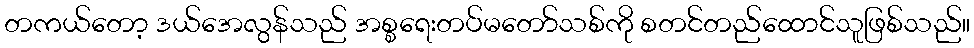
တကယ်တော့ ဒယ်အေလွန်သည် အစ္စရေးတပ်မတော်သစ်ကို စတင်တည်ထောင်သူဖြစ်သည်။